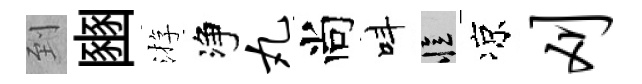
到豳㳺净丸尚呌忆凉刈